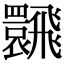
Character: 𩙽